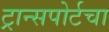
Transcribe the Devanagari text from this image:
ट्रान्सपोर्टचा